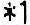
*1